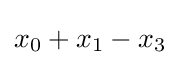
x_{0}+x_{1}-x_{3}